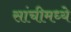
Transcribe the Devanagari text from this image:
सांचीमध्ये